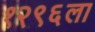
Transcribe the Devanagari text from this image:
१२९६ला